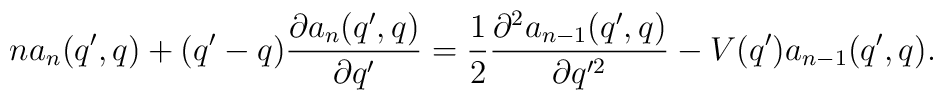
na_n(q',q) + (q'-q) \frac{\partial a_n(q',q)}{\partial q'}  = \frac{1}{2} \frac{\partial ^2 a_{n-1}(q',q)}{\partial q'^2} -  V(q')a_{n-1}(q',q).